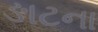
ઙાટના